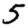
Digit: 5